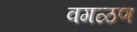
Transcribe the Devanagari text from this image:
वगळण